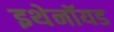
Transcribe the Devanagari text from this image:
इथेनॉयड